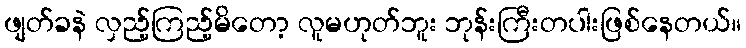
ဖျတ်ခနဲ လှည့်ကြည့်မိတော့ လူမဟုတ်ဘူး ဘုန်းကြီးတပါးဖြစ်နေတယ်။